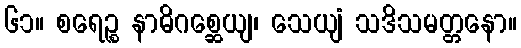
၆၁။ စရေဉ္စ နာဓိဂစ္ဆေယျ၊ သေယျံ သဒိသမတ္တနော။